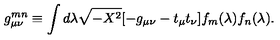
g _ { \mu \nu } ^ { m n } \equiv \int d \lambda \sqrt { - X ^ { 2 } } [ - g _ { \mu \nu } - t _ { \mu } t _ { \nu } ] f _ { m } ( \lambda ) f _ { n } ( \lambda ) .